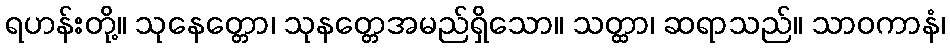
ရဟန်းတို့။ သုနေတ္တော၊ သုနတ္တေအမည်ရှိသော။ သတ္ထာ၊ ဆရာသည်။ သာဝကာနံ၊